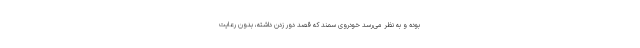
بوده و به نظر می‌رسد خودروی سمند که قصد دور زدن داشته، بدون رعایت